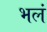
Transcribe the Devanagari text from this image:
भलं